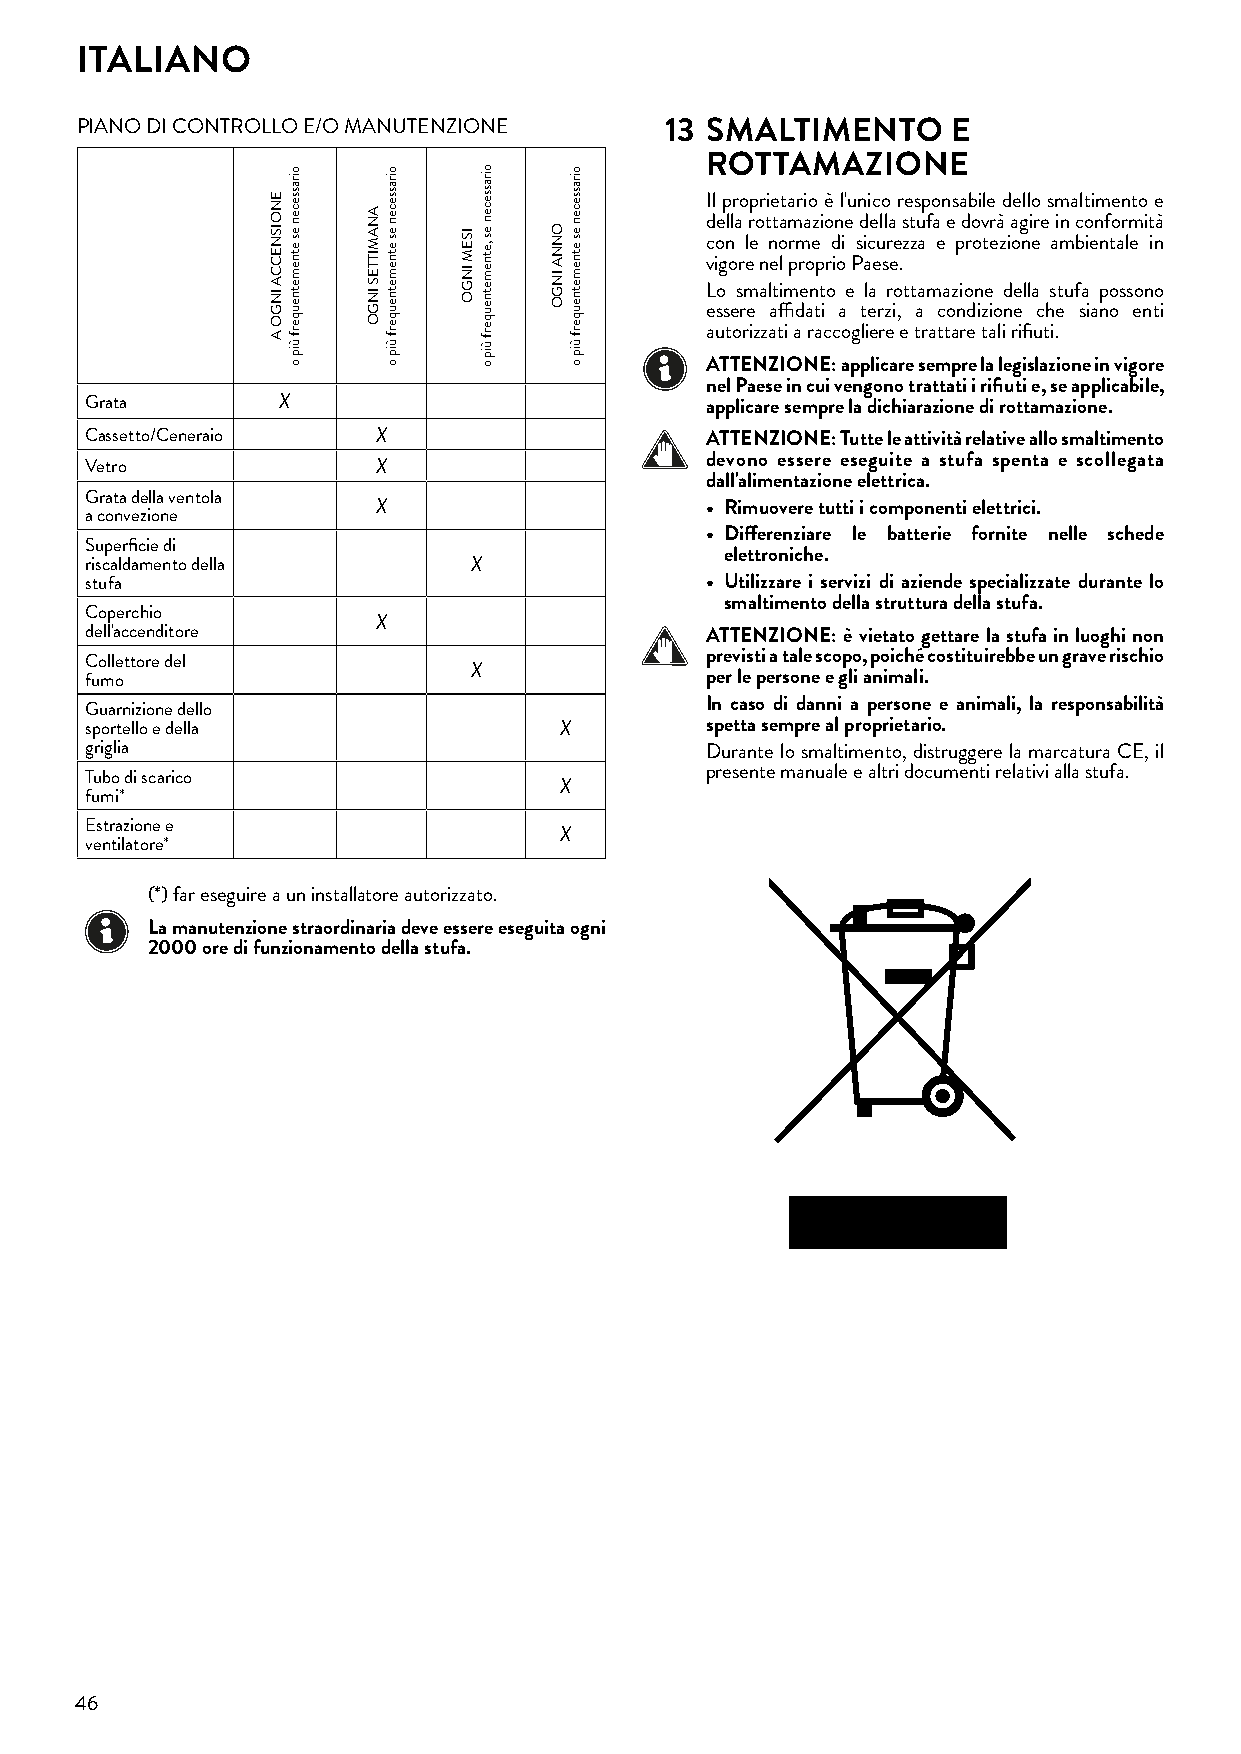
ITALIANO
 PIANO DI CONTROLLO E/O MANUTENZIONE    13 SMALTIMENTO     E
 ROTTAMAZIONE
 Il proprietario è l'unico responsabile dello smaltimento e
 della rottamazione della stufa e dovrà agire in conformità
 con le norme di sicurezza e protezione ambientale in
 vigore nel proprio Paese.
 Lo smaltimento e la rottamazione della stufa possono
 essere affidati a terzi, a condizione che siano enti
 autorizzati a raccogliere e trattare tali rifiuti.
 ATTENZIONE: applicare sempre la legislazione in vigore
 nel Paese in cui vengono trattati i rifiuti e, se applicabile,
 Grata       X                            applicare sempre la dichiarazione di rottamazione�
 Cassetto/Ceneraio  X                     ATTENZIONE: Tutte le attività relative allo smaltimento
 devono essere eseguite a stufa spenta e scollegata
 Vetro              X
 dall'alimentazione elettrica�
 Grata della ventola
 X                     • Rimuovere tutti i componenti elettrici�
 a convezione
 • Differenziare le batterie fornite nelle schede
 Superficie di
 elettroniche�
 riscaldamento della      X
 stufa                                    • Utilizzare i servizi di aziende specializzate durante lo
 smaltimento della struttura della stufa�
 Coperchio
 X
 dell'accenditore                         ATTENZIONE: è vietato gettare la stufa in luoghi non
 Collettore del                           previsti a tale scopo, poiché costituirebbe un grave rischio
 X
 fumo                                     per le persone e gli animali�
 In caso di danni a persone e animali, la responsabilità
 Guarnizione dello
 sportello e della              X         spetta sempre al proprietario�
 griglia                                  Durante lo smaltimento, distruggere la marcatura CE, il
 Tubo di scarico                          presente manuale e altri documenti relativi alla stufa.
 X
 fumi*
 Estrazione e
 X
 ventilatore*
 (*) far eseguire a un installatore autorizzato.
 La manutenzione straordinaria deve essere eseguita ogni
 2000 ore di funzionamento della stufa�
 46
 ENOISNECCA
 INGO
 A
 oirassecen
 es
 etnemetneuqerf
 ùip
 o
 ANAMITTES
 INGO
 oirassecen
 es
 etnemetneuqerf
 ùip
 o
 ISEM
 INGO
 oirassecen
 es
 ,etnemetneuqerf
 ùip
 o
 ONNA
 INGO
 oirassecen
 es
 etnemetneuqerf
 ùip
 o